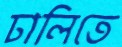
ঢালিতে